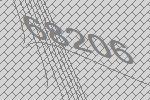
68206